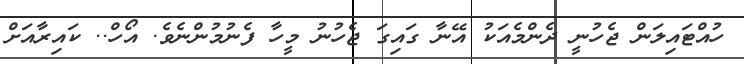
ހުއްޓައިލަން ޖެހުނީ ދެންމެއަކު އޭނާ ގައިގަ ޖެހުނު މީހާ ފެނުމުންނެވެ. އޯހް.. ކައިރާއަށް